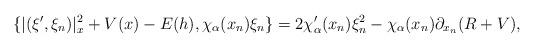
LaTeX: \begin{align*}\{|(\xi', \xi_n)|_x^2+V(x)-E(h), \chi_\alpha(x_n)\xi_n\}= 2\chi_\alpha'(x_n) \xi_n^2-\chi_\alpha(x_n)\partial_{x_n} (R+V),\end{align*}